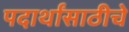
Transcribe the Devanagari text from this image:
पदार्थांसाठीचे